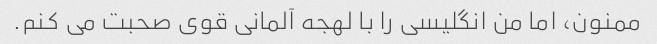
ممنون، اما من انگلیسی را با لهجه آلمانی قوی صحبت می کنم.